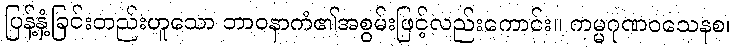
ပြန့်နှံ့ခြင်းတည်းဟူသော ဘာဝနာကံ၏အစွမ်းဖြင့်လည်းကောင်း။ ကမ္မဂုဏဝသေနစ၊